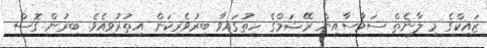
ޒައިކްގެ މި ލާނެތް ސަމާސާއިން ރޭޝަމްގެ ހިތުގައިވާ ބިރުވެރިކަން އިތުރުވިއެވެ. ބިރުން ގޮސް